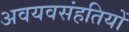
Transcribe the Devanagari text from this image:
अवयवसंहतियों